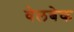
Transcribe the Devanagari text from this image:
वेलबेक